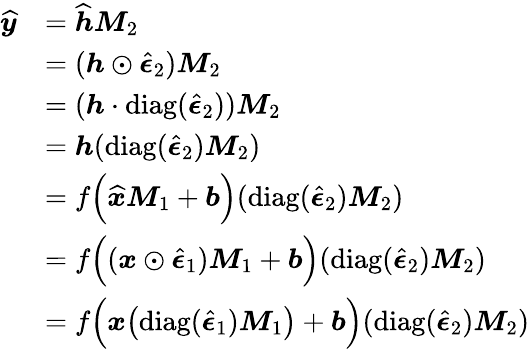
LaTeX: \begin{array}{rl}{\widehat{\boldsymbol{y}}}&{=\widehat{\boldsymbol{h}}\boldsymbol{M}_{2}}\\ &{=(\boldsymbol{h}\odot\widehat{\boldsymbol{\epsilon}}_{2})\boldsymbol{M}_{2}}\\ &{=(\boldsymbol{h}\cdot\mathrm{diag}(\widehat{\boldsymbol{\epsilon}}_{2}))\boldsymbol{M}_{2}}\\ &{=\boldsymbol{h}(\mathrm{diag}(\widehat{\boldsymbol{\epsilon}}_{2})\boldsymbol{M}_{2})}\\ &{=f\Big(\widehat{\boldsymbol{x}}\boldsymbol{M}_{1}+\boldsymbol{b}\Big)(\mathrm{diag}(\widehat{\boldsymbol{\epsilon}}_{2})\boldsymbol{M}_{2})}\\ &{=f\Big((\boldsymbol{x}\odot\widehat{\boldsymbol{\epsilon}}_{1})\boldsymbol{M}_{1}+\boldsymbol{b}\Big)(\mathrm{diag}(\widehat{\boldsymbol{\epsilon}}_{2})\boldsymbol{M}_{2})}\\ &{=f\Big(\boldsymbol{x}\big(\mathrm{diag}(\widehat{\boldsymbol{\epsilon}}_{1})\boldsymbol{M}_{1}\big)+\boldsymbol{b}\Big)(\mathrm{diag}(\widehat{\boldsymbol{\epsilon}}_{2})\boldsymbol{M}_{2})}\end{array}